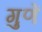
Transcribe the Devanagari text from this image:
गुणें